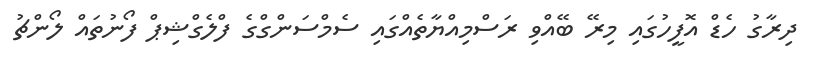
ދިރާގު ހެޑް އޮފީހުގައި މިރޭ ބޭއްވި ރަސްމިއްޔާތެއްގައި ސެމްސަންގްގެ ފްލެގްޝިޕް ފޯނުތައް ލޯންޗު